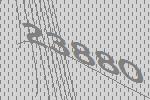
23880